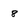
Character: 8